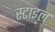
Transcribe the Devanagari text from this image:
स्‍टाइल